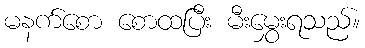
မနက်စော စောထပြီး မီးမွှေးရသည်။